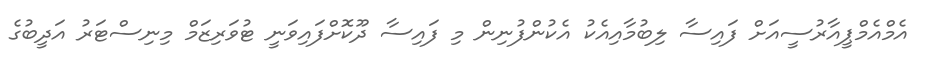
އެމްއެމްޕީއާރުސީއަށް ފައިސާ ލިބުމާއިއެކު އެކުންފުނިން މި ފައިސާ ދޫކޮށްފައިވަނީ ޓުވަރިޒަމް މިނިސްޓަރު އަދީބުގެ